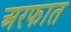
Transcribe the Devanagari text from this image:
अरफात